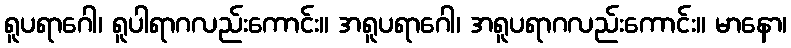
ရူပရာဂေါ၊ ရူပါရာဂလည်းကောင်း။ အရူပရာဂေါ၊ အရူပရာဂလည်းကောင်း။ မာနော၊